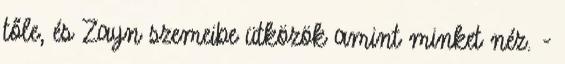
tőle, és Zayn szemeibe ütközök amint minket néz. -